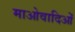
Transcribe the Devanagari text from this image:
माओवादिओं